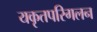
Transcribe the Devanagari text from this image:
यकृतपरिगलन